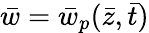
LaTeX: \bar{w}=\bar{w}_{p}(\bar{z},\bar{t})